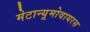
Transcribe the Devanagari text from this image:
मेटान्यूमोवायरस